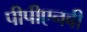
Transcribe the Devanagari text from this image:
पीपीएनबी